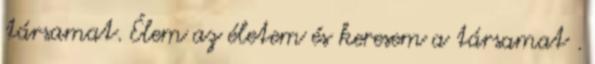
társamat. Élem az életem és keresem a társamat .